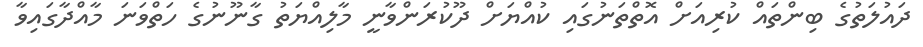
ދައުލަތުގެ ބިންތައް ކުރިއަށް އޮތްތަނުގައި ކުއްޔަށް ދޫކުރަންވާނީ މާލިއްޔަތު ގާނޫނުގެ ހަތްވަނަ މާއްދާގައިވާ